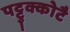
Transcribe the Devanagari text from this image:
पट्टुक्कोटै